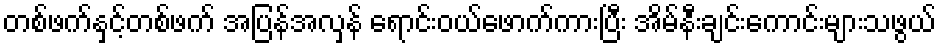
တစ်ဖက်နှင့်တစ်ဖက် အပြန်အလှန် ရောင်းဝယ်ဖောက်ကားပြီး အိမ်နီးချင်းကောင်းများသဖွယ်